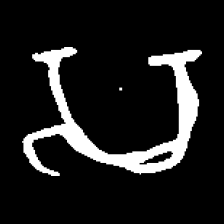
Pyu character \u2014 Myanmar letter: သ (romanized: sa)